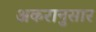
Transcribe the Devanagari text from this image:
अकरानुसार